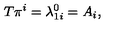
T \pi ^ { i } = \lambda _ { 1 i } ^ { 0 } = A _ { i } ,